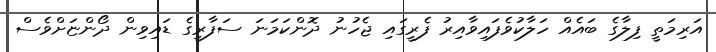
އަރިމަތީ ފިލާގެ ބައެއް ހަލާކުވެފައިވާއިރު ފެރީގައި ޖެހުނު ދޮންކަމަނަ ސަފާރީގެ ޑައިވިން ދޯންޏަށްވެސް